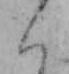
く